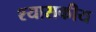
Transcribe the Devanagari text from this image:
श्यासकीय